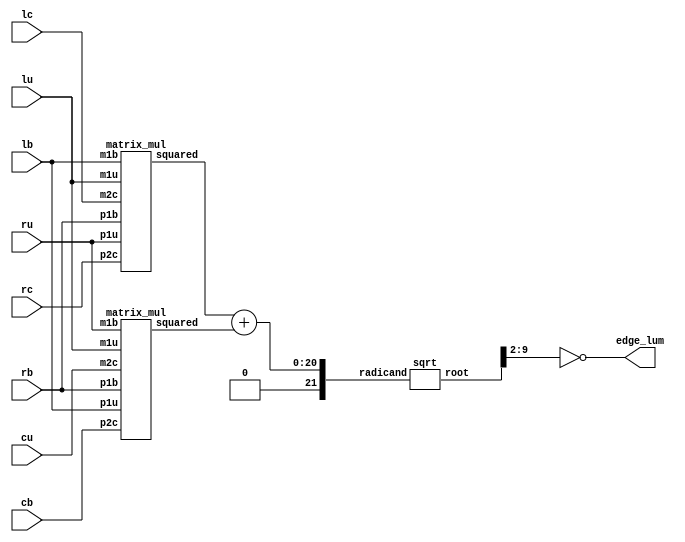
/*
----------------------------------------------------------------
	 
  vertical edge kernel             horizontal edge kernel
	|-1 0 1|			|-1 -2 -1|
	|-2 0 2|			| 0  0  0|
	|-1 0 1|			| 1  2  1|

		   pixel matrix for cc
		       |lu cu ru|
                       |lc cc rc|
                       |lb cb rb|
----------------------------------------------------------------
*/

module SobelFilter(
  input [7:0] lu, cu, ru,
              lc,     rc,
              lb, cb, rb,
  output [7:0] edge_lum
);
  wire [19:0] gx_squared, gy_squared;
  wire [21:0] squared_sum;
  wire [10:0] edge_grad;
  matrix_mul g_x(.m1u(lu), .m2c(lc), .m1b(lb), .p1u(ru), .p2c(rc), .p1b(rb), .squared(gx_squared));
  matrix_mul g_y(.m1u(lu), .m2c(cu), .m1b(ru), .p1u(lb), .p2c(cb), .p1b(rb), .squared(gy_squared));
  assign squared_sum = gx_squared + gy_squared;
  sqrt g(.radicand(squared_sum), .root(edge_grad));
  assign edge_lum = ~ edge_grad[9:2]; //divide by 4 and subtract that by 255 so edges are black on a white bg
  //assign canny = (edge_lum>8'd200) ? 8'd255 : 8'd0; (sharp cut-off without hysterisis)
endmodule

module sqrt(
  input [21:0] radicand,
  output [10:0] root
);
  integer i; //iterator
  reg [21:0] t; //result of sign test
  reg [10:0] q; //temp sqrt ans
  reg [43:0] ax;
  always @(*) begin
    ax = {22'd0,radicand};
    t = 22'd0;
    q = 11'd0;
    for (i = 0; i < 11; i=i+1) begin
      ax = ax << 2;
      t = ax[43:22] - {q, 2'b01};
      q = q << 1;
      if (t[21] == 1'b0) begin //if zero or +ve
        ax[43:22] = t;
        q[0] = 1'b1;
      end
    end
  end
  assign root = q;
endmodule

module matrix_mul(
  input [7:0] m1u, m2c, m1b, p1u, p2c, p1b,
  output [19:0] squared
);
  reg [10:0] sum;
  reg [8:0] m2,p2;
  always @(*) begin
    m2 = m2c;
    p2 = p2c;
    m2 = m2 << 1;
    p2 = p2 << 1;
    sum = p1u + p2 + p1b - m1u - m2 - m1b;
    sum = sum[10] ? -sum : sum;
  end
  assign squared = sum[9:0]*sum[9:0];
endmodule